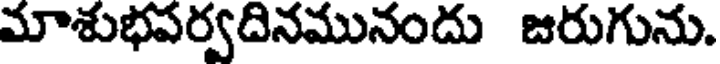
మాశుభపర్వదినమునందు జరుగును.